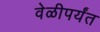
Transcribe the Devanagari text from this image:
वेळीपर्यंत